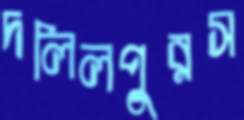
দলিলপুরস